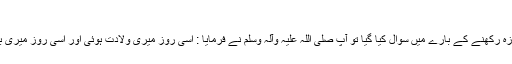
قال : ذاک يوم ولدت فيه ويوم بعثت أو أنزل عليّ فيه.
’’نبی اکرم صلی اللہ علیہ وآلہ وسلم سے پیر کے دن روزہ رکھنے کے بارے میں سوال کیا گیا تو آپ صلی اللہ علیہ وآلہ وسلم نے فرمایا : اسی روز میری ولادت ہوئی اور اسی روز میری بعثت ہوئی اور اسی روز میرے اوپر قرآن نازل کیا گیا۔